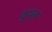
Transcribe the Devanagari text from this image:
कुचूक